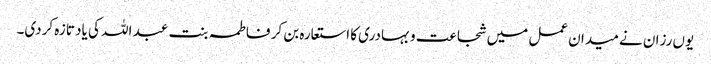
یوں رزان نے میدان عمل میں شجاعت و بہادری کا استعارہ بن کر فاطمہ بنت عبد اللہ کی یاد تازہ کردی۔